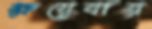
ক্ষয়েযায়